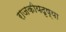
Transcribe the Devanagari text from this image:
राजकीयदृष्या